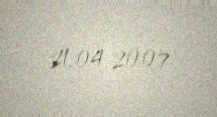
21.04.2007